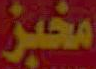
مخبز